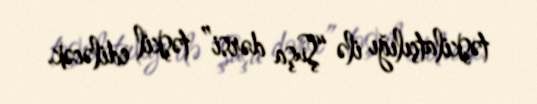
təşkilatçılığı ilə “Şuşa dərsi” təşkil ediləcək.